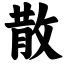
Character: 散